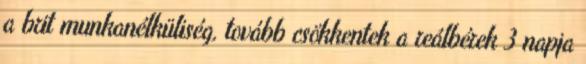
a brit munkanélküliség, tovább csökkentek a reálbérek 3 napja